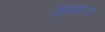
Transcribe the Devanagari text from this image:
ह्याप्रकारचे